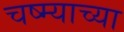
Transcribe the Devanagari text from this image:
चष्म्याच्या